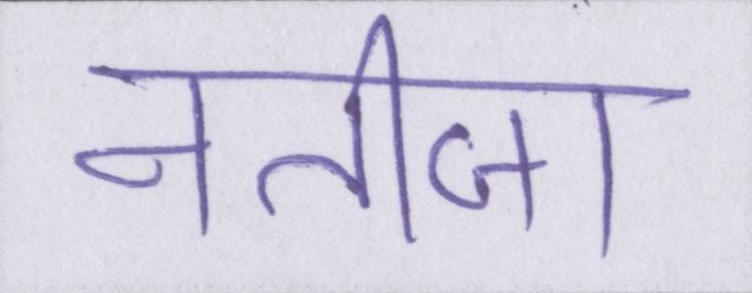
नतीजा